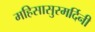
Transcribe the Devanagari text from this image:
महिसासुरमर्दिनी